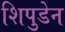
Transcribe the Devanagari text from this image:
शिपुडेन